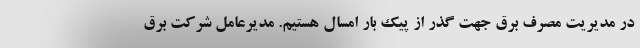
در مدیریت مصرف برق جهت گذر از پیک بار امسال هستیم. مدیرعامل شرکت برق